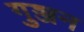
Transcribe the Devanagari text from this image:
गुञ्जन